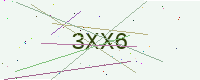
Text: 3XX6